Civil Veterinary Dept. North-West Frontier Province 1923-32 - 1923-1932
Year: 1923
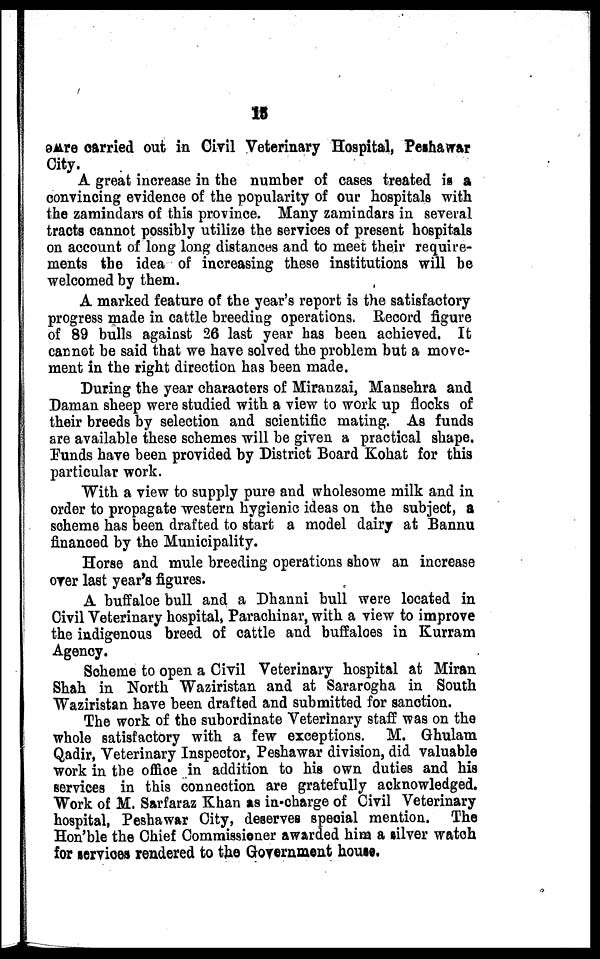
15
were carried out in Civil Veterinary Hospital, Peshawar
City.
A great increase in the number of cases treated is a
convincing evidence of the popularity of our hospitals with
the zamindars of this province. Many zamindars in several
tracts cannot possibly utilize the services of present hospitals
on account of long long distances and to meet their require-
ments the idea of increasing these institutions will be
welcomed by them.
A marked feature of the year's report is the satisfactory
progress made in cattle breeding operations. Record figure
of 89 bulls against 26 last year has been achieved. It
cannot be said that we have solved the problem but a move-
ment in the right direction has been made.
During the year characters of Miranzai, Mansehra and
Daman sheep were studied with a view to work up flocks of
their breeds by selection and scientific mating. As funds
are available these schemes will be given a practical shape.
Funds have been provided by District Board Kohat for this
particular work.
With a view to supply pure and wholesome milk and in
order to propagate western hygienic ideas on the subject, a
scheme has been drafted to start a model dairy at Bannu
financed by the Municipality.
Horse and mule breeding operations show an increase
over last year's figures.
A buffaloe bull and a Dhanni bull were located in
Civil Veterinary hospital, Parachinar, with a view to improve
the indigenous breed of cattle and buffaloes in Kurram
Agency.
Scheme to open a Civil Veterinary hospital at Miran
Shah in North Waziristan and at Sararogha in South
Waziristan have been drafted and submitted for sanction.
The work of the subordinate Veterinary staff was on the
whole satisfactory with a few exceptions. M. Ghulam
Qadir, Veterinary Inspector, Peshawar division, did valuable
work in the office in addition to his own duties and his
services in this connection are gratefully acknowledged.
Work of M. Sarfaraz Khan as in-charge of Civil Veterinary
hospital, Peshawar City, deserves special mention. The
Hon'ble the Chief Commissioner awarded him a silver watch
for services rendered to the Government house.